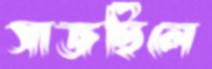
সাজছিলে